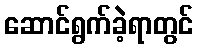
ဆောင်ရွက်ခဲ့ရာတွင်